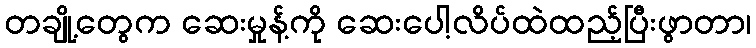
တချို့တွေက ဆေးမှုန့်ကို ဆေးပေါ့လိပ်ထဲထည့်ပြီးဖွာတာ၊